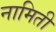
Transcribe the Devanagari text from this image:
नामिती